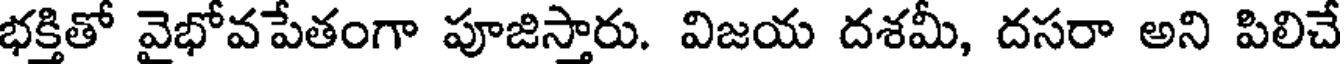
భక్తితో వైభోవపేతంగా పూజిస్తారు. విజయ దశమీ, దసరా అని పిలిచే